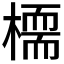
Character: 𣚊